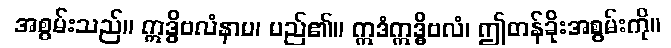
အစွမ်းသည်။ ဣဒ္ဓိဗလံနာမ၊ မည်၏။ ဣဒံဣဒ္ဓိဗလံ၊ ဤတန်ခိုးအစွမ်းကို။